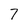
Character: 7